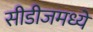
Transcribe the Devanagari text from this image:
सीडीजमध्ये